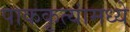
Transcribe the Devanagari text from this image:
पाककृत्यांमध्ये